Note on the mental hospitals in Burma - 1925-1940
Year: 1925
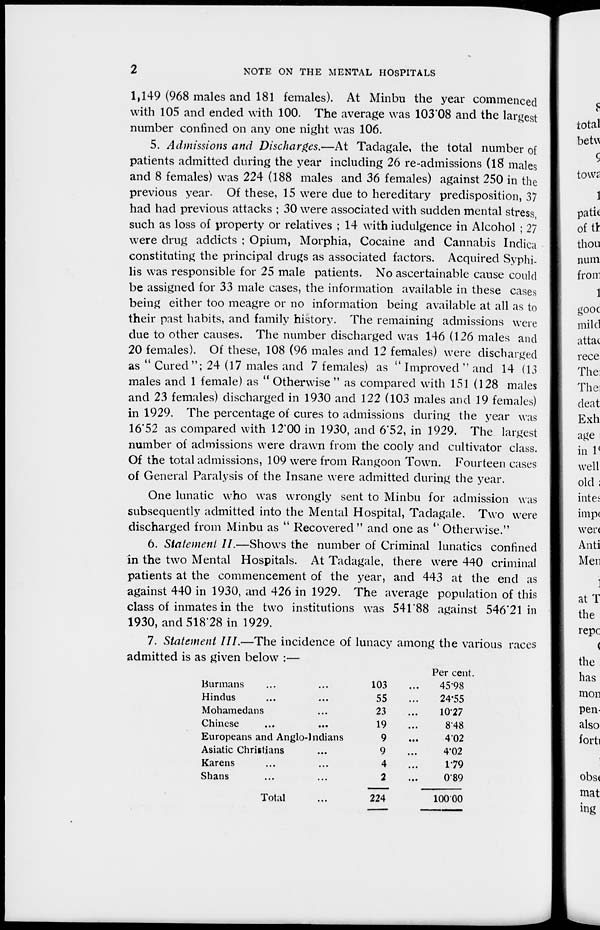
2
NOTE ON THE MENTAL HOSPITALS
1,149 (968 males and 181 females). At Minbu the year commenced
with 105 and ended with 100. The average was 103.08 and the largest
number confined on any one night was 106.
5. Admissions and Discharges.—At Tadagale, the total number of
patients admitted during the year including 26 re-admissions (18 males
and 8 females) was 224 (188 males and 36 females) against 250 in the
previous year. Of these, 15 were due to hereditary predisposition, 37
had had previous attacks ; 30 were associated with sudden mental stress,
such as loss of property or relatives ; 14 with indulgence in Alcohol ; 27
were drug addicts ; Opium, Morphia, Cocaine and Cannabis Indica
constituting the principal drugs as associated factors. Acquired Syphi-
lis was responsible for 25 male patients. No ascertainable cause could
be assigned for 33 male cases, the information available in these cases
being either too meagre or no information being available at all as to
their past habits, and family history. The remaining admissions were
due to other causes. The number discharged was 146 (126 males and
20 females). Of these, 108 (96 males and 12 females) were discharged
as " Cured"; 24 (17 males and 7 females) as " Improved " and 14 (13
males and 1 female) as " Otherwise " as compared with 151 (128 males
and 23 females) discharged in 1930 and 122 (103 males and 19 females)
in 1929. The percentage of cures to admissions during the year was
16.52 as compared with 12.00 in 1930, and 6.52, in 1929. The largest
number of admissions were drawn from the cooly and cultivator class.
Of the total admissions, 109 were from Rangoon Town. Fourteen cases
of General Paralysis of the Insane were admitted during the year.
One lunatic who was wrongly sent to Minbu for admission was
subsequently admitted into the Mental Hospital, Tadagale. Two were
discharged from Minbu as " Recovered" and one as " Otherwise."
6. Statement II.—Shows the number of Criminal lunatics confined
in the two Mental Hospitals. At Tadagale, there were 440 criminal
patients at the commencement of the year, and 443 at the end as
against 440 in 1930, and 426 in 1929. The average population of this
class of inmates in the two institutions was 541.88 against 546.21 in
1930, and 518.28 in 1929.
7. Statement III.—The incidence of lunacy among the various races
admitted is as given below :—
Burmans ... ...
Hindus ... ...
Mohamedans ...
Chinese ... ...
Europeans and Anglo-Indians
Asiatic Christians ...
Karens ... ...
Shans ... ...
Total ...
103
55
23
19
9
9
4
2
224
...
...
...
...
...
...
...
...
Per cent.
45.98
24.55
10.27
8.48
4.02
4.02
1.79
0.89
100.00